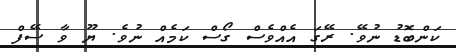
ކަންބޮޑު ނުވޭ. ރޭގަ އެއްވެސް ގޯސް ކަމެއް ނުވެ. ޔޫ ވާ ސޭފް